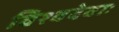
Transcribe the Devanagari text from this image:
विश्वदेवाः